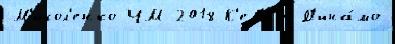
М'икол'енко ЧМ-2018 К'ев'ин Д'ина́мо